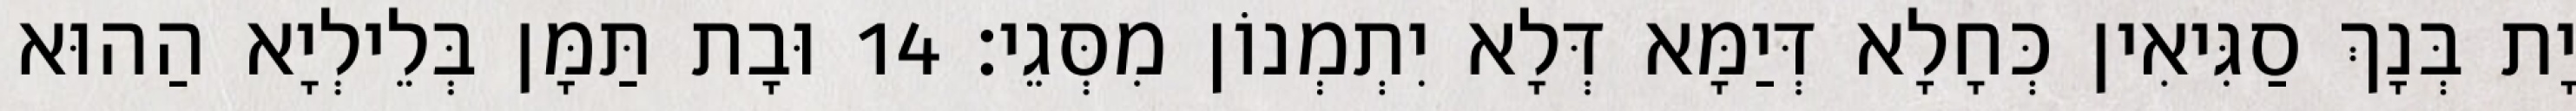
יָת בְּנָךְ סַגִּיאִין כְּחָלָא דְּיַמָּא דְּלָא יִתְמְנוֹן מִסְּגֵי׃ 14 וּבָת תַּמָּן בְּלֵילְיָא הַהוּא